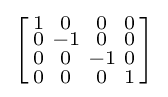
\left[{\begin{smallmatrix}1&0&0&0\\0&-1&0&0\\0&0&-1&0\\0&0&0&1\\\end{smallmatrix}}\right]